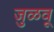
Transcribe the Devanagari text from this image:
जुळवू